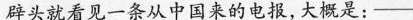
辟头就看见一条从中国来的电报,大概是：——